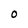
Character: O